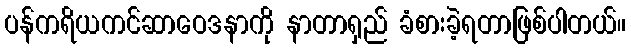
ပန်ကရိယကင်ဆာဝေဒနာကို နာတာရှည် ခံစားခဲ့ရတာဖြစ်ပါတယ်။